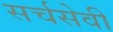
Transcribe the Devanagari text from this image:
सर्चसेवी